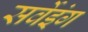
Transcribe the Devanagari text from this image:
सर्वेइंग